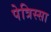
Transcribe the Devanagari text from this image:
पेत्रिस्सा